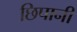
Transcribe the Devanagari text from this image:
छिपानी